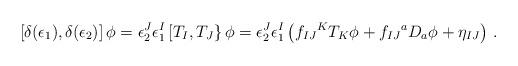
LaTeX: \begin{align*}\left[ \delta (\epsilon _1),\delta (\epsilon _2)\right] \phi = \epsilon _2^J\epsilon ^I_1\left[ T_I,T_J\right\} \phi =\epsilon _2^J\epsilon ^I_1\left( f_{IJ}{}^{K}T_K\phi+f_{IJ}{}^a D_a\phi +\eta_{IJ}\right)\,.\end{align*}